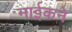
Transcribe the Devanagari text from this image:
नाईकने